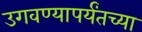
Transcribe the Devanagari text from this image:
उगवण्यापर्यंतच्या